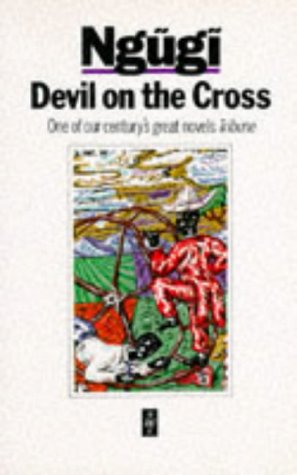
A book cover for Devil on the Cross (Heinemann African Writers Series); Ngugi wa Thiong'o; Literature & Fiction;